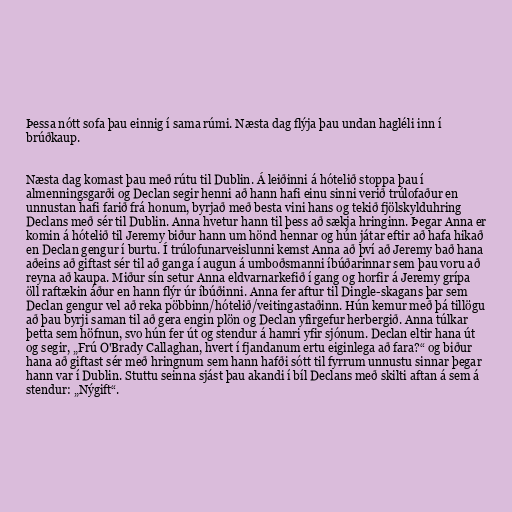
Þessa nótt sofa þau einnig í sama rúmi. Næsta dag flýja þau undan hagléli inn í
brúðkaup.

Næsta dag komast þau með rútu til Dublin. Á leiðinni á hótelið stoppa þau í
almenningsgarði og Declan segir henni að hann hafi einu sinni verið trúlofaður en
unnustan hafi farið frá honum, byrjað með besta vini hans og tekið fjölskylduhring
Declans með sér til Dublin. Anna hvetur hann til þess að sækja hringinn. Þegar Anna er
komin á hótelið til Jeremy biður hann um hönd hennar og hún játar eftir að hafa hikað
en Declan gengur í burtu. Í trúlofunarveislunni kemst Anna að því að Jeremy bað hana
aðeins að giftast sér til að ganga í augun á umboðsmanni íbúðarinnar sem þau voru að
reyna að kaupa. Miður sín setur Anna eldvarnarkefið í gang og horfir á Jeremy grípa
öll raftækin áður en hann flýr úr íbúðinni. Anna fer aftur til Dingle-skagans þar sem
Declan gengur vel að reka pöbbinn/hótelið/veitingastaðinn. Hún kemur með þá tillögu
að þau byrji saman til að gera engin plön og Declan yfirgefur herbergið. Anna túlkar
þetta sem höfnun, svo hún fer út og stendur á hamri yfir sjónum. Declan eltir hana út
og segir, „Frú O'Brady Callaghan, hvert í fjandanum ertu eiginlega að fara?“ og biður
hana að giftast sér með hringnum sem hann hafði sótt til fyrrum unnustu sinnar þegar
hann var í Dublin. Stuttu seinna sjást þau akandi í bíl Declans með skilti aftan á sem á
stendur: „Nýgift“.